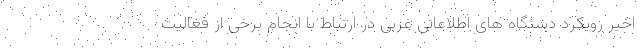
اخیر رویکرد دستگاه های اطلاعاتی غربی در ارتباط با انجام برخی از فعالیت